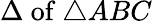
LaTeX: \Delta{\mathrm{~of~}}\triangle ABC